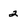
Character: 2